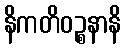
နိကတိဝဉ္စနာနိ